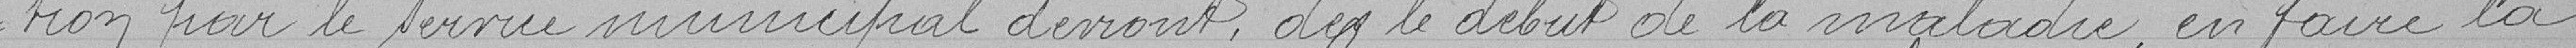
tion par le service municipal devront dès le début de la maladie, en faire la